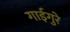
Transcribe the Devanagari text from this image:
गाईगुरे